Report on vaccination in the Province of Bengal - 1869-1873
Year: 1869
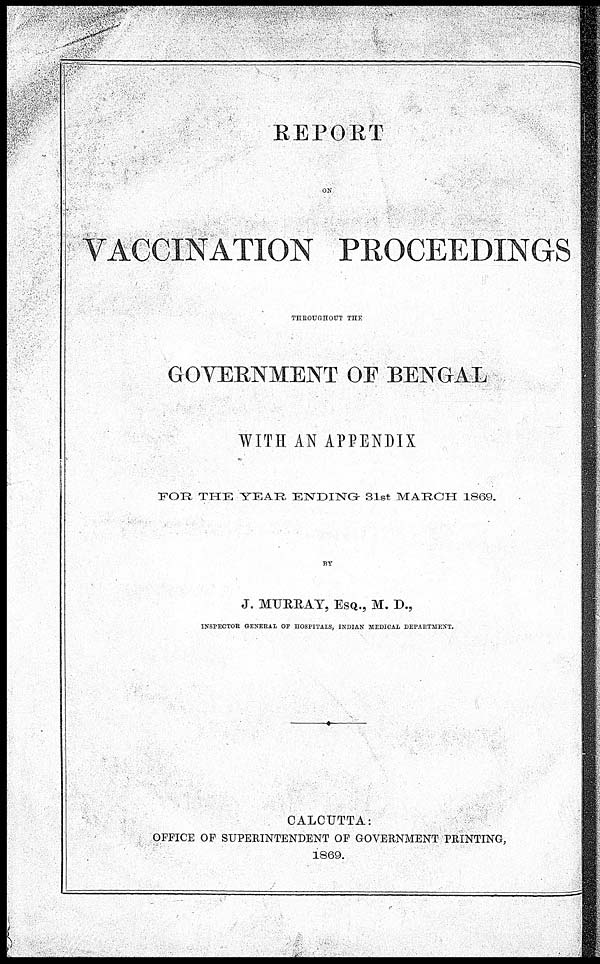
REPORT
ON
VACCINATION PROCEEDINGS
THROUGHOUT THE
GOVERNMENT OF BENGAL
WITH AN APPENDIX
FOR THE YEAR ENDING 31st MARCH 1869.
BY
J. MURRAY, ESQ., M. D.,
INSPECTOR GENERAL OF HOSPITALS, INDIAN MEDICAL DEPARTMENT.
CALCUTTA:
OFFICE OF SUPERINTENDENT OF GOVERNMENT PRINTING,
1869.